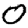
Digit: 0